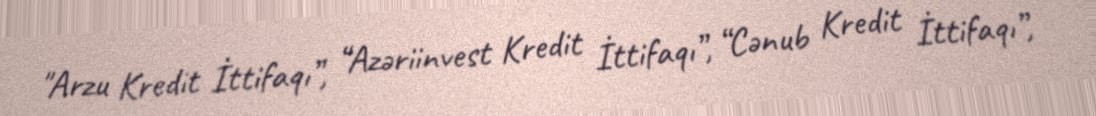
"Arzu Kredit İttifaqı”, “Azəriinvest Kredit İttifaqı”, “Cənub Kredit İttifaqı”,